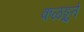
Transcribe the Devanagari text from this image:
कळङ्गुते